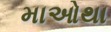
માઓથા